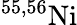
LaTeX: ^{55,56}\mathrm{Ni}